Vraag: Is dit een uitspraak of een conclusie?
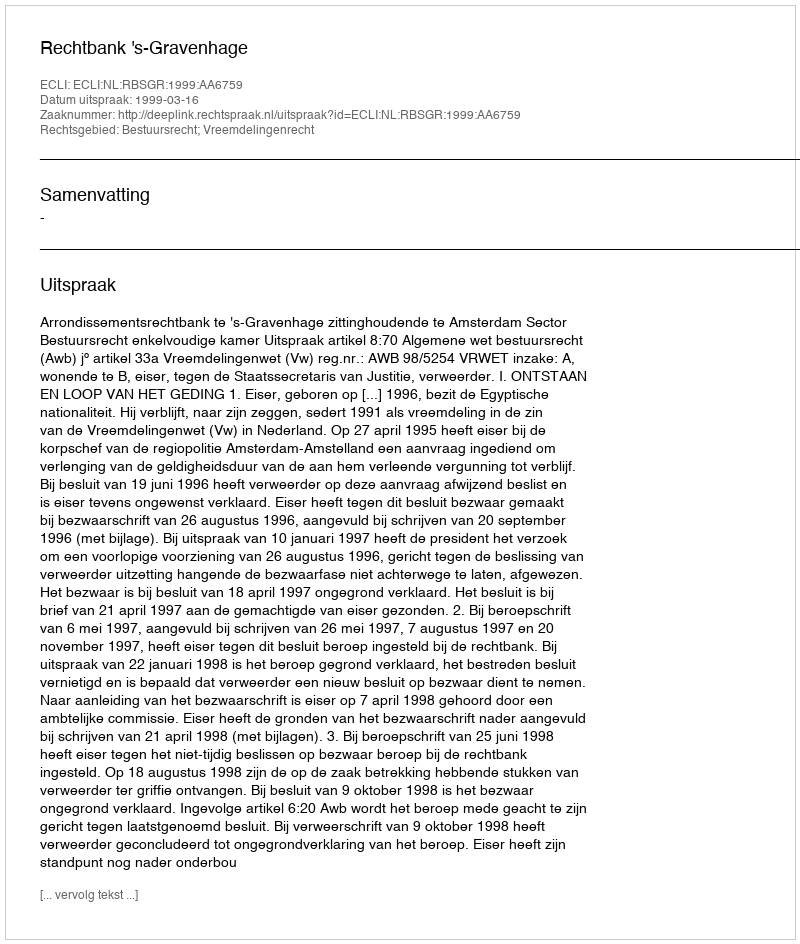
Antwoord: Uitspraak